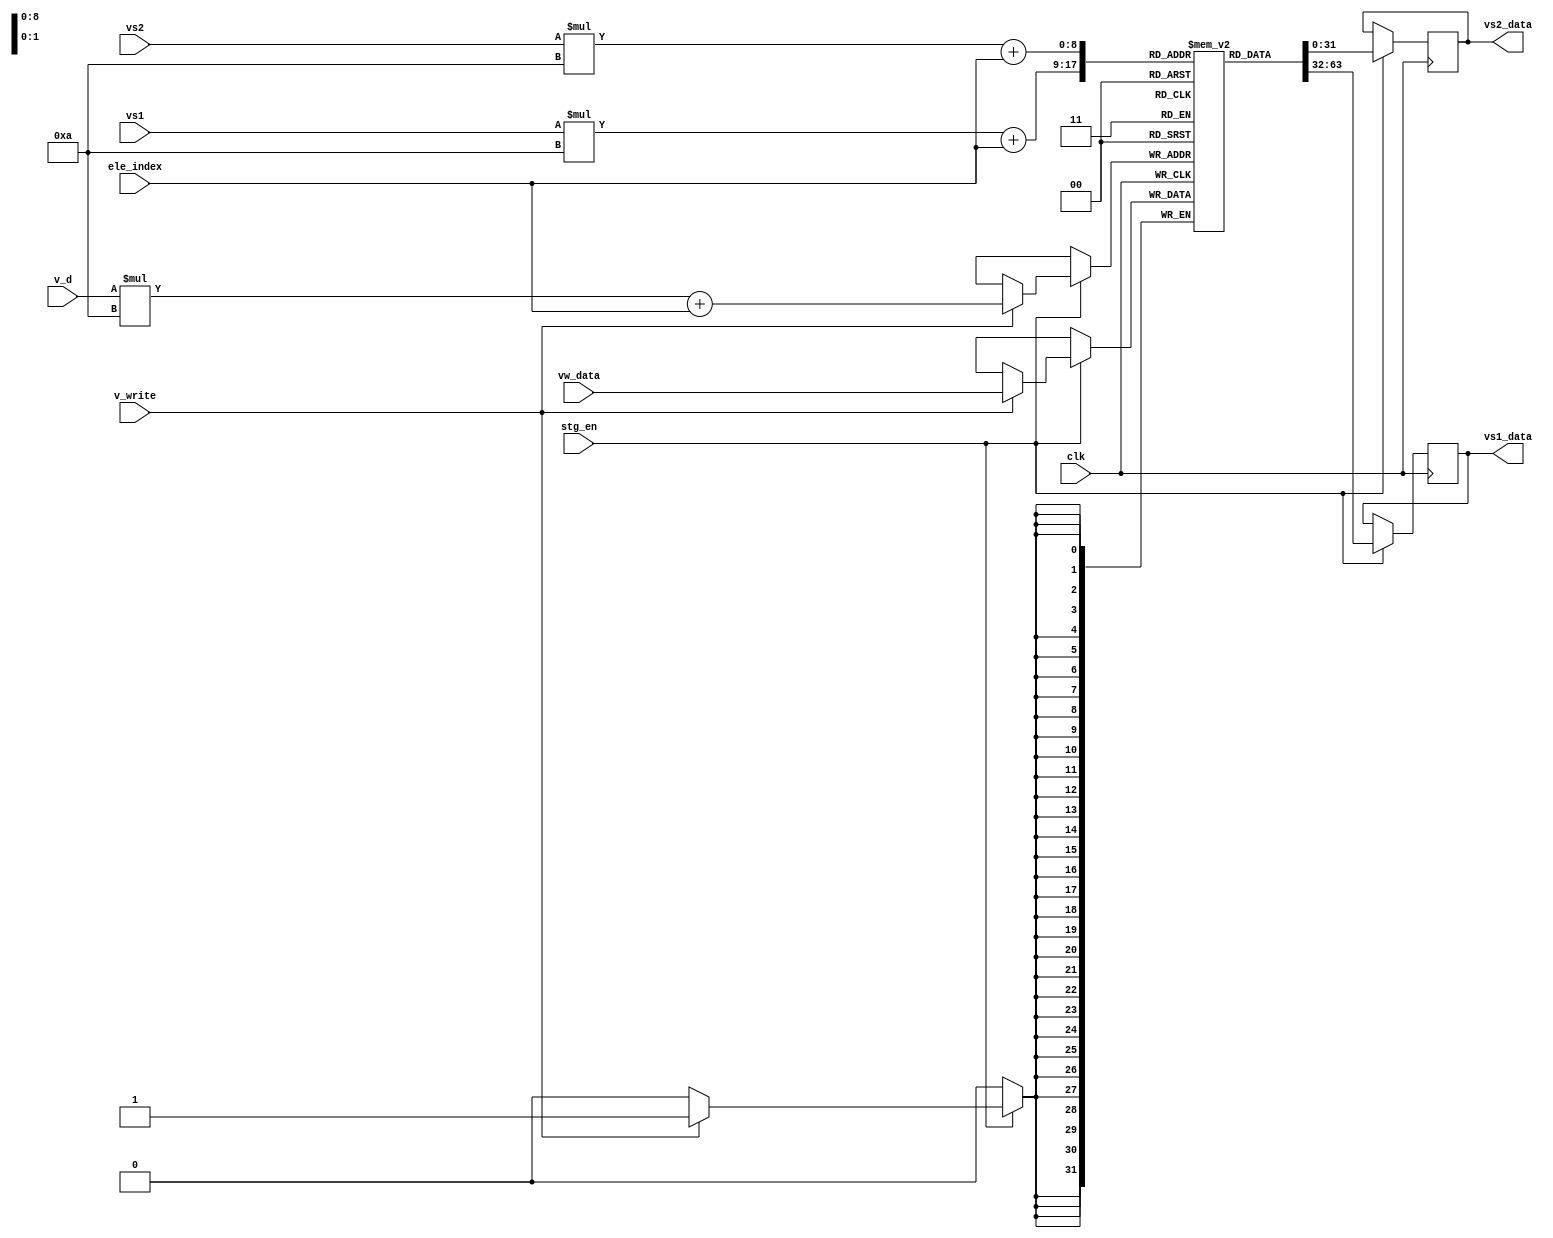
`timescale 1ns / 1ps


module V_Reg_files(
    input [31:0] vw_data ,
    input [4:0] vs1 , vs2 , v_d ,
    input [3:0] ele_index , 
    input clk , stg_en , v_write ,
    output reg [31:0] vs1_data , vs2_data
    );
    
    reg [31:0] vreg_mem [0:31][0:9] ;
    integer i , j ;
    
    initial begin
    
    for(i=0;i<32;i=i+1)begin
    for(j=0;j<10;j=j+1) begin
    vreg_mem[i][j] = 32'd0;
    end 
    end
    
    vreg_mem[3][0] = 32'd10;
    vreg_mem[3][1] = 32'd10;
    vreg_mem[3][2] = 32'd10;
    vreg_mem[3][3] = 32'd10;
    vreg_mem[3][4] = 32'd10;
    vreg_mem[3][5] = 32'd10;
    vreg_mem[3][6] = 32'd10;
    vreg_mem[3][7] = 32'd10;
    vreg_mem[3][8] = 32'd10;
    vreg_mem[3][9] = 32'd10;

    vreg_mem[4][0] = 32'd15;
    vreg_mem[4][1] = 32'd15;
    vreg_mem[4][2] = 32'd15;
    vreg_mem[4][3] = 32'd15;
    vreg_mem[4][4] = 32'd15;
    vreg_mem[4][5] = 32'd15;
    vreg_mem[4][6] = 32'd15;
    vreg_mem[4][7] = 32'd15;
    vreg_mem[4][8] = 32'd15;
    vreg_mem[4][9] = 32'd15;
    
    vreg_mem[5][0] = 32'd0;
    vreg_mem[5][1] = 32'd0;
    vreg_mem[5][2] = 32'd0;
    vreg_mem[5][3] = 32'd0;
    vreg_mem[5][4] = 32'd0;
    vreg_mem[5][5] = 32'd0;
    vreg_mem[5][6] = 32'd0;
    vreg_mem[5][7] = 32'd0;
    vreg_mem[5][8] = 32'd0;
    vreg_mem[5][9] = 32'd0;
        
    end 
    
    always @(posedge clk)
    begin
    if(stg_en ==1 )
     begin
       vs1_data <= vreg_mem[vs1][ele_index];
       vs2_data <= vreg_mem[vs2][ele_index];
    
    if(v_write == 1'b1)
    vreg_mem[v_d][ele_index] <= vw_data ;
    end
    end
    
endmodule